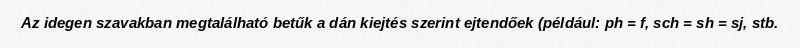
Az idegen szavakban megtalálható betűk a dán kiejtés szerint ejtendőek (például: ph = f, sch = sh = sj, stb.